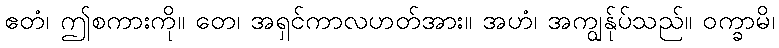
ဧတံ၊ ဤစကားကို။ တေ၊ အရှင်ကာလဟတ်အား။ အဟံ၊ အကျွန်ုပ်သည်။ ဝက္ခာမိ၊